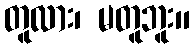
တူလား၊ မတူဘူး။